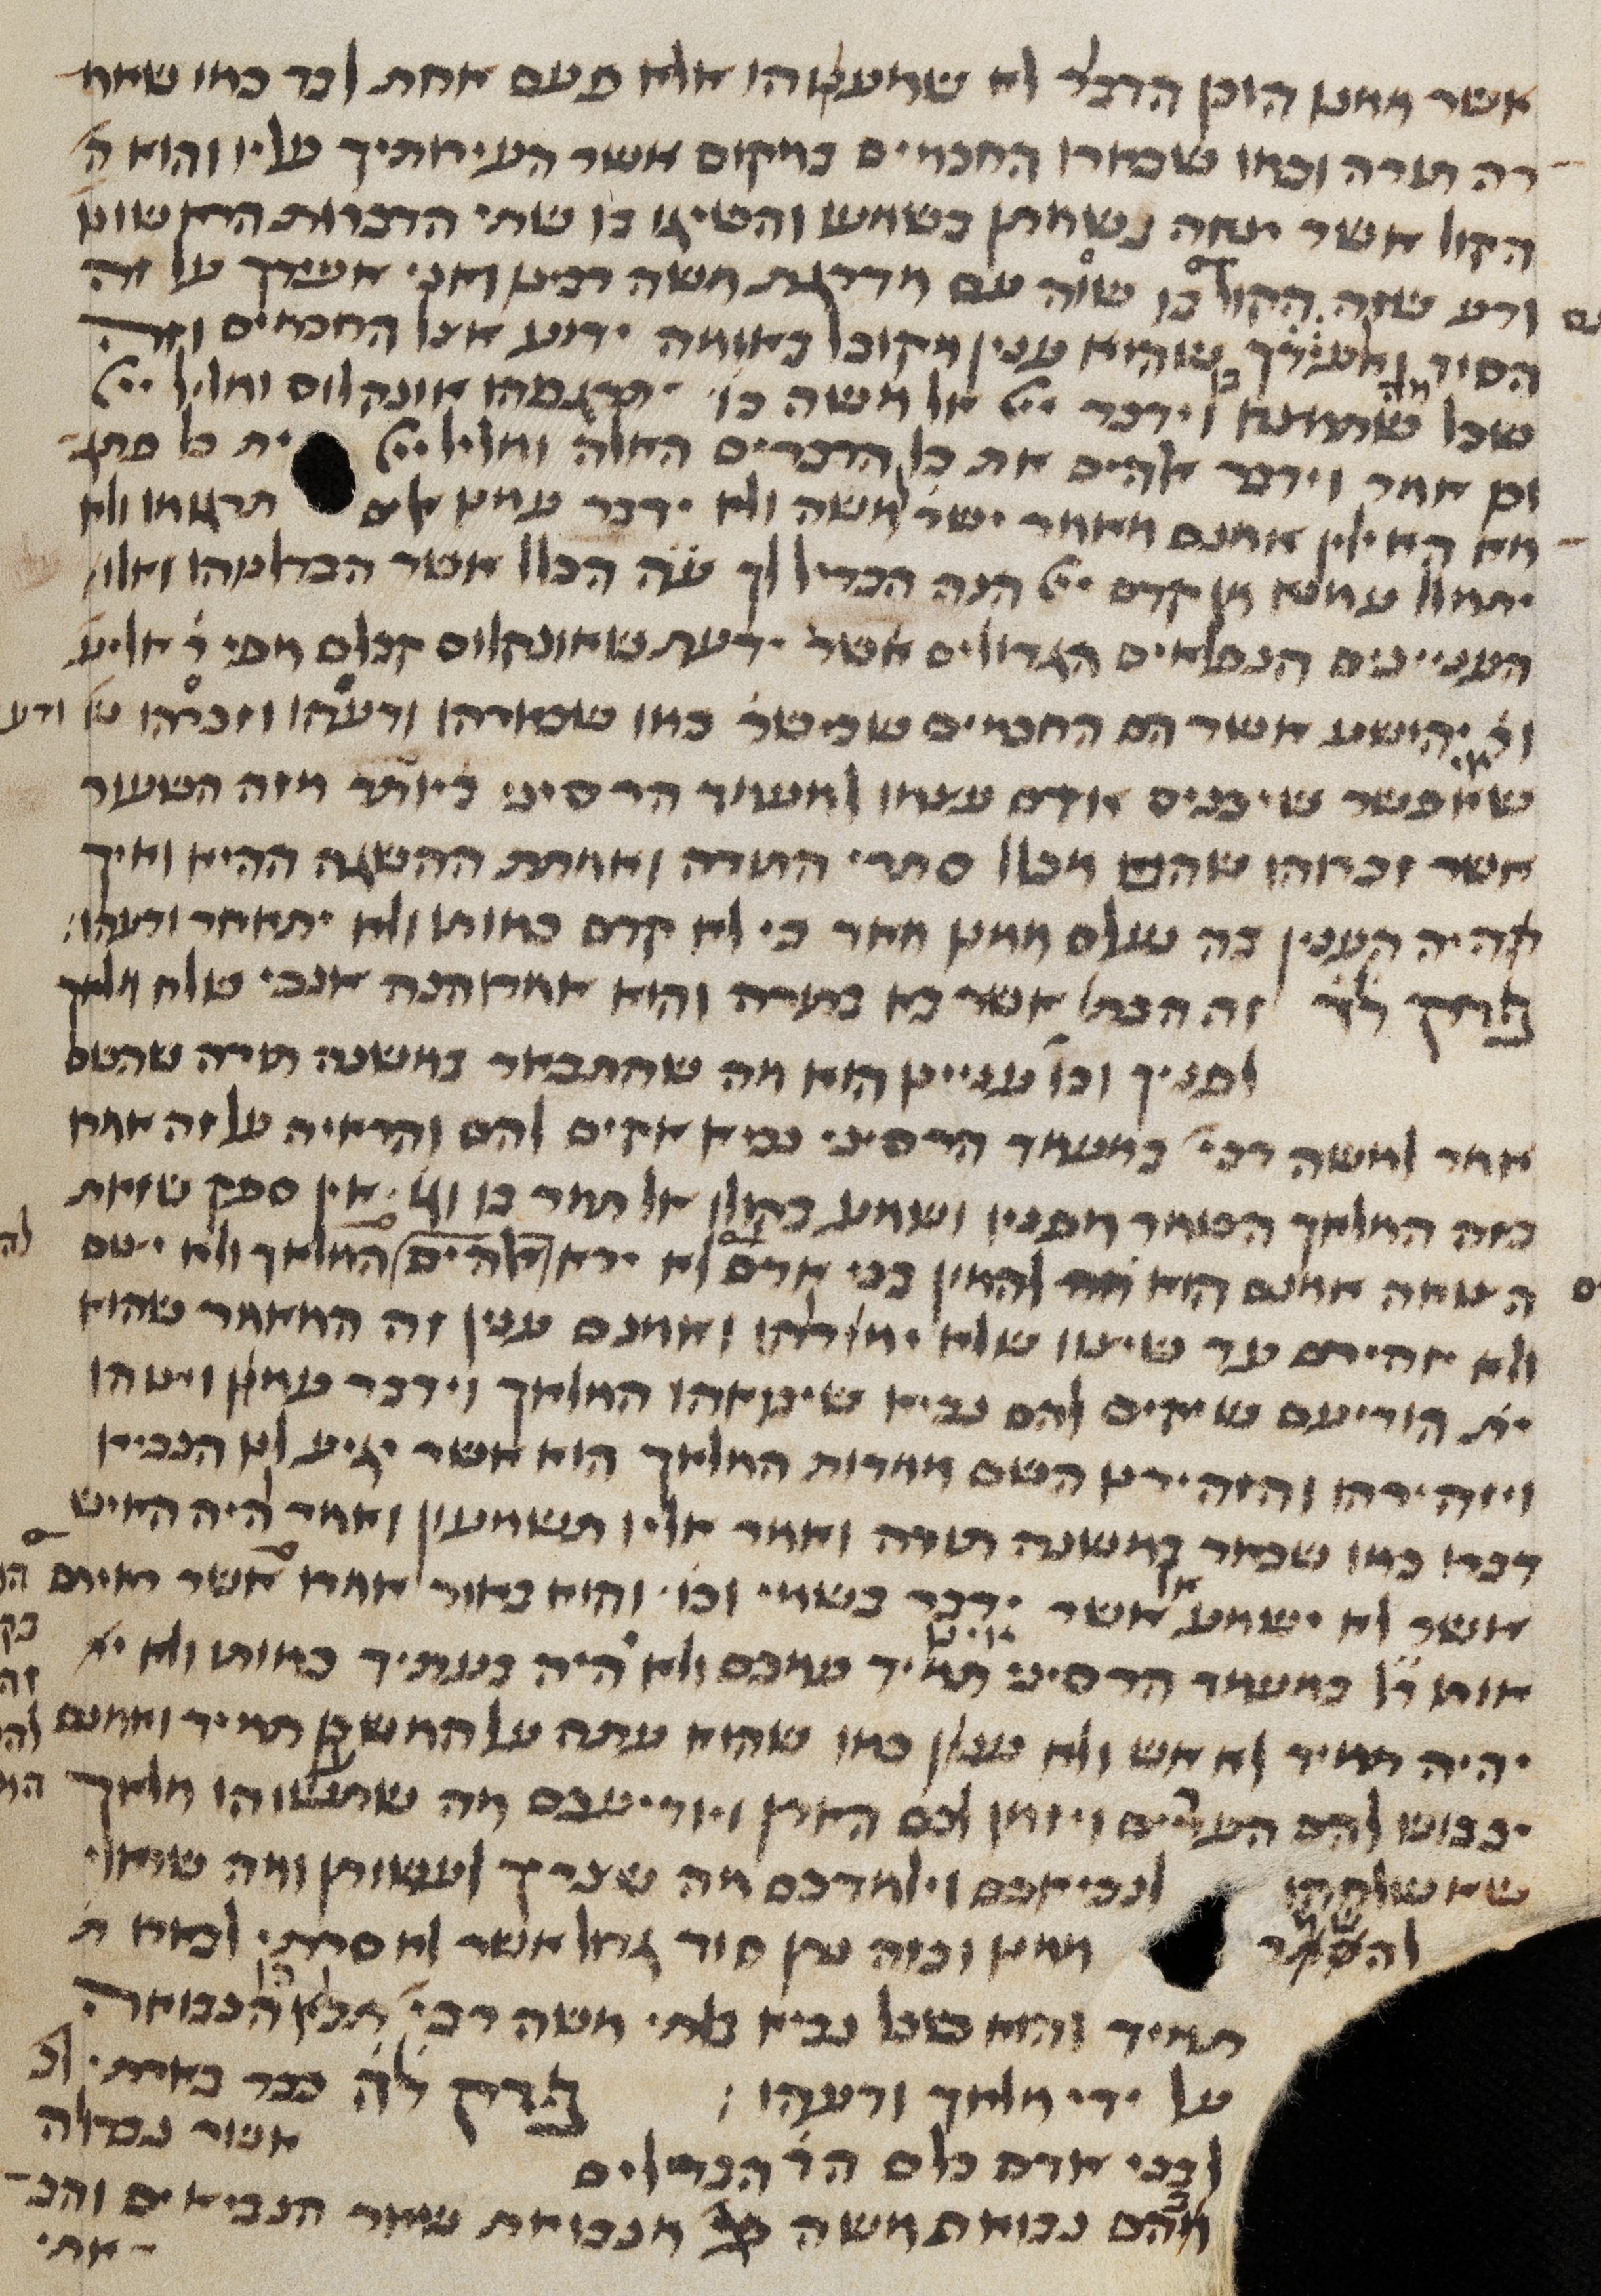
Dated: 1450–1499